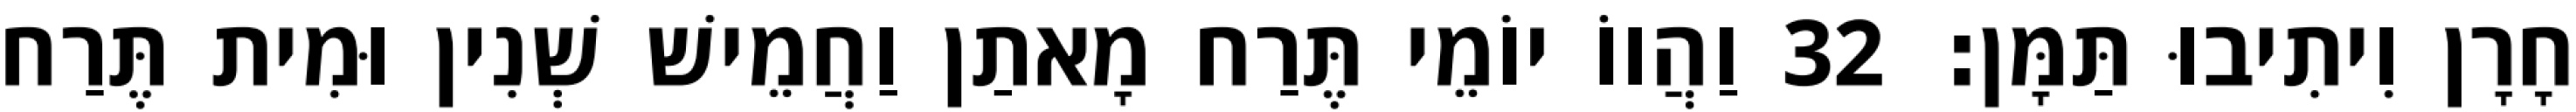
חָרָן וִיתִיבוּ תַּמָּן׃ 32 וַהֲווֹ יוֹמֵי תֶּרַח מָאתַן וַחֲמֵישׁ שְׁנִין וּמִית תֶּרַח